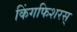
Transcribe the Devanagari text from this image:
किंगफिशरस्